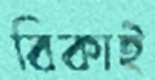
বিকাই